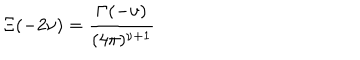
\Xi ( - 2 \nu ) = \frac { \Gamma ( - \nu ) } { ( 4 \pi ) ^ { \nu + 1 } } \;